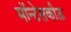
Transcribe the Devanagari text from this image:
मॉन्टेसकीऊ